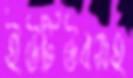
ইউটিউবসহ